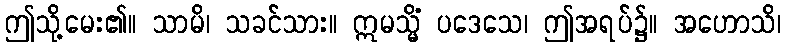
ဤသို့မေး၏။ သာမိ၊ သခင်သား။ ဣမသ္မိံ ပဒေသေ၊ ဤအရပ်၌။ အဟောသိ၊